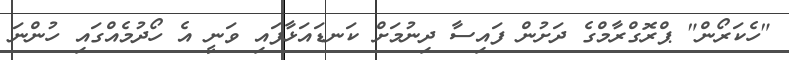
"ހެކަރޯން" ޕްރޮގްރާމްގެ ދަށުން ފައިސާ ދިނުމަށް ކަނޑައަޅާފައި ވަނީ އެ ހޯދުމެއްގައި ހުންނަ